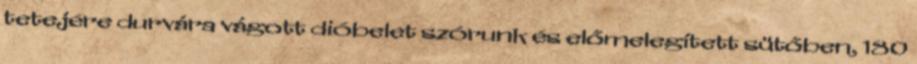
tetejére durvára vágott dióbelet szórunk és előmelegített sütőben, 180